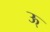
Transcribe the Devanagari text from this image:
ऊ्